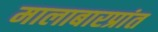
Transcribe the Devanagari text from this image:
मालाबारप्रांत